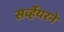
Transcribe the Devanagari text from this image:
सर्व्हेयरने